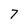
Character: 7